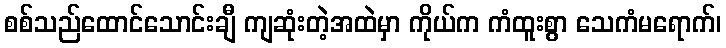
စစ်သည်ထောင်သောင်းချီ ကျဆုံးတဲ့အထဲမှာ ကိုယ်က ကံထူးစွာ သေကံမရောက်၊